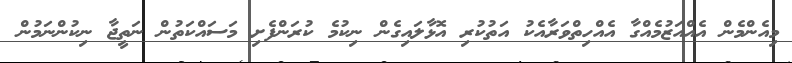
މިއެންމެން އެއްއަޒުމެއްގާ އެއްހިތްވަރާއެކު އަތުކުރި އޮޅާލައިގެން ނިކުމެ ކުރަންފެށި މަސައްކަތުން ނަތީޖާ ނިކުންނަމުން